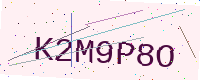
Text: K2M9P8O